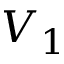
V _ { 1 }